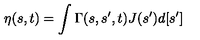
\eta ( s , t ) = \int \Gamma ( s , s ^ { \prime } , t ) J ( s ^ { \prime } ) d [ s ^ { \prime } ]